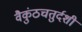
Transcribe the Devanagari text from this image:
वैकुंठचतुर्दशी